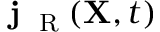
{ \bf j } _ { \mathrm { ~ \tiny ~ R ~ } } ( { \bf X } , t )